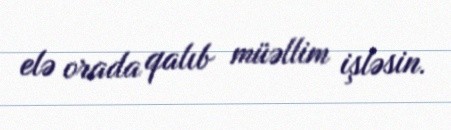
elə orada qalıb müəllim işləsin.